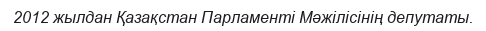
2012 жылдан Қазақстан Парламенті Мәжілісінің депутаты.